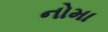
નોમા